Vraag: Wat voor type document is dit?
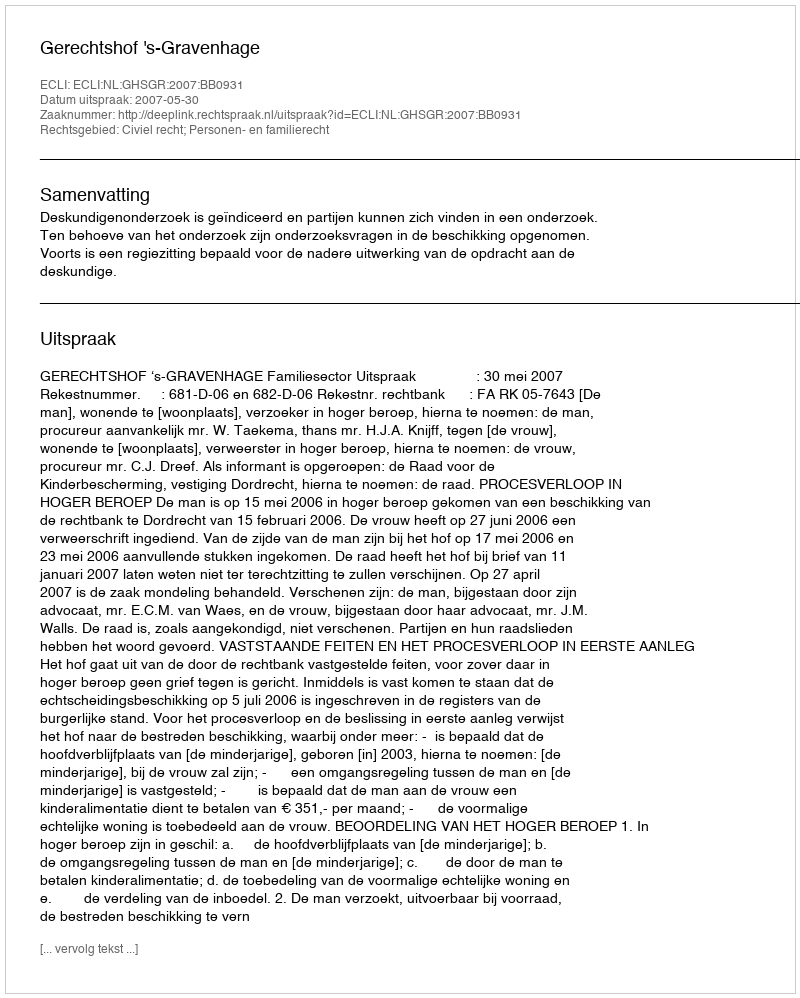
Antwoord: Uitspraak